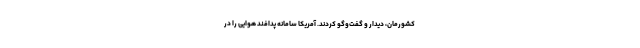
کشورمان، دیدار و گفت‌وگو کردند. آمریکا سامانه پدافند هوایی را در